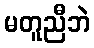
မတူညီဘဲ